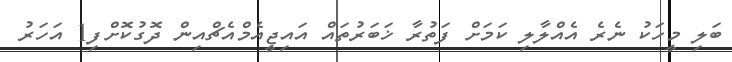
ބަލި މީހަކު ނެރެ އެއްލާލި ކަމަށް ފަތުރާ ޚަބަރުތައް އައިޖީއެމްއެޗްއިން ދޮގުކޮށްފި1 އަހަރު